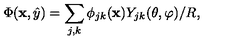
\Phi ( { \bf x } , \hat { y } ) = \sum _ { j , k } \phi _ { j k } ( { \bf x } ) Y _ { j k } ( \theta , \varphi ) / R ,